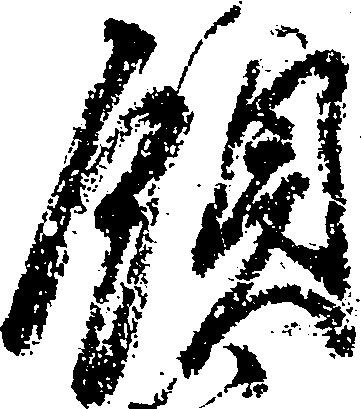
領